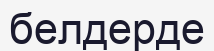
белдерде